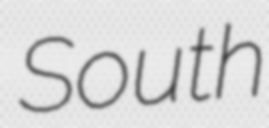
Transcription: South